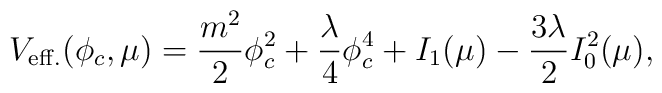
V_{\rm eff.} (\phi_c, \mu) = \frac{m^2}{2} \phi_c^2+ \frac{\lambda}{4} \phi_c^4 +I_1 (\mu) - \frac{3 \lambda}{2} I^2_0 (\mu),